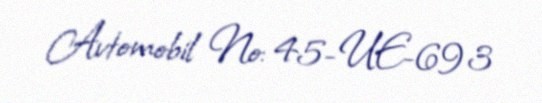
Avtomobil №: 45-UE-693